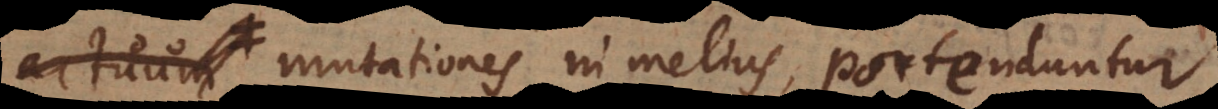
mutationes in melius, portenduntur.